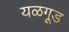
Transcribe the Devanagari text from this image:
यळगूड